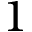
1